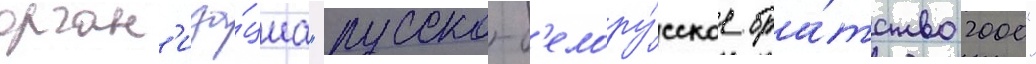
орган'иза́циа "русско-б'елору́сское бра́тство 2000"